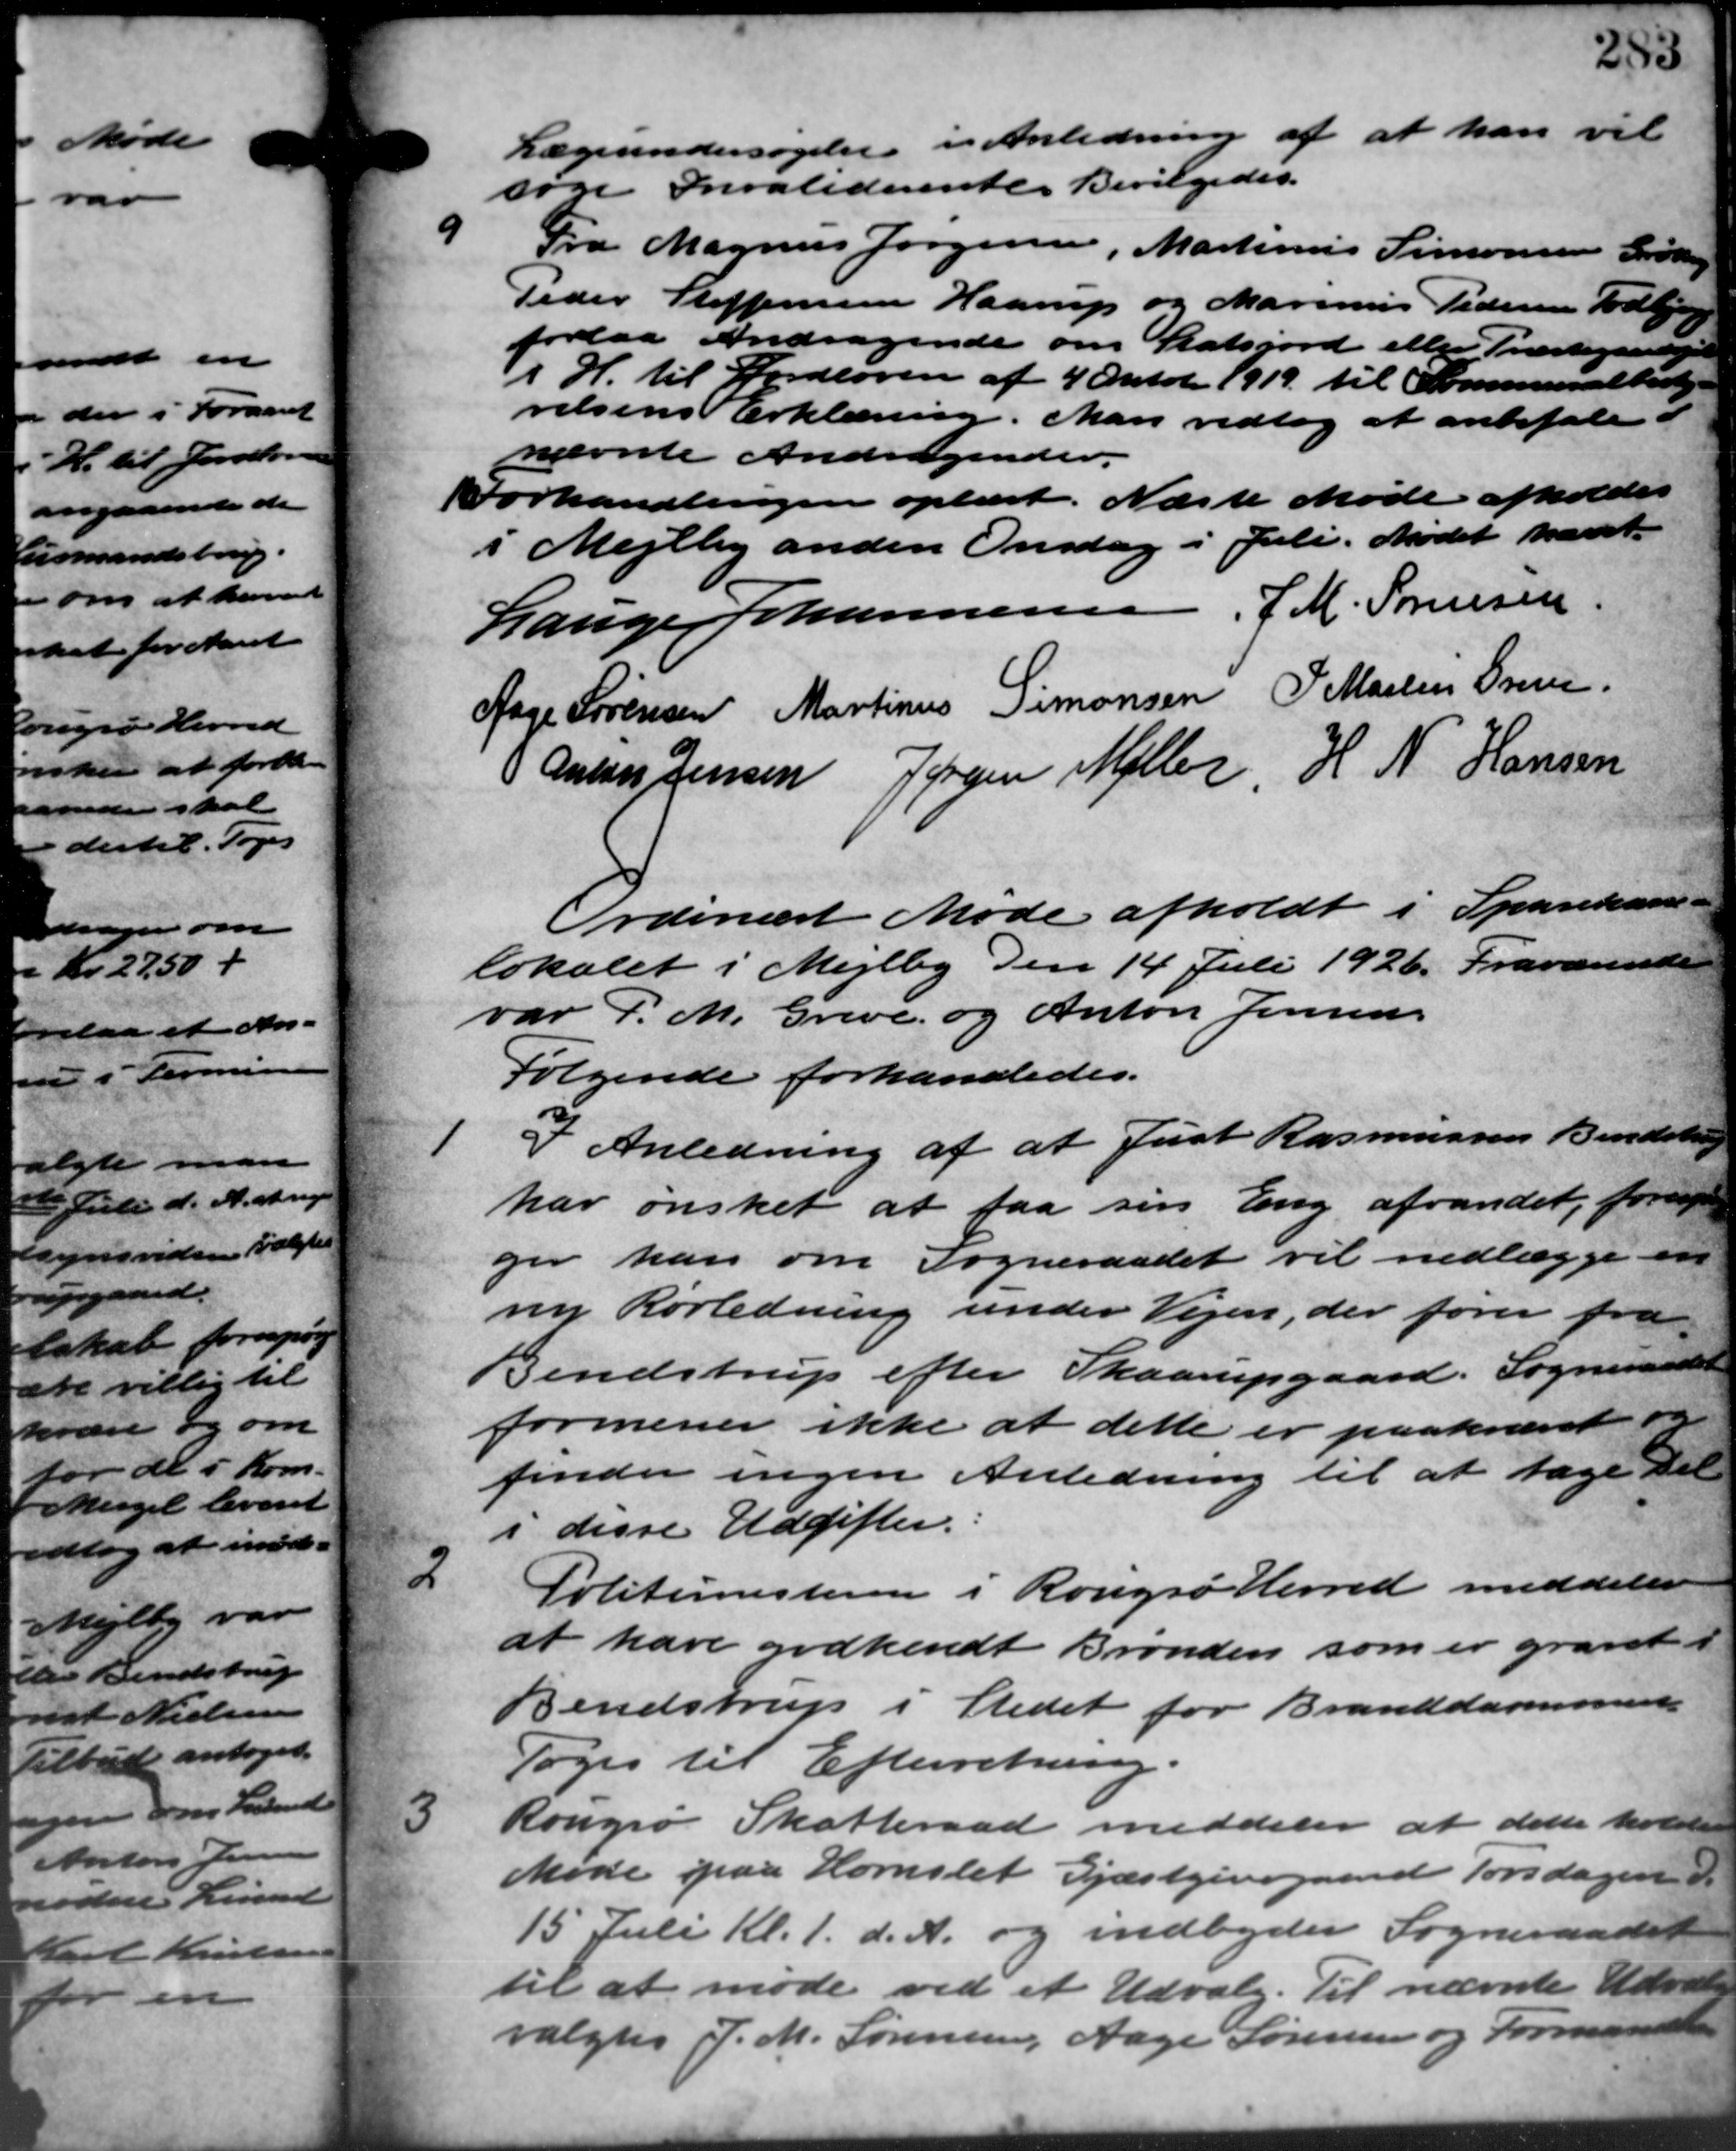
Transskription:
Lægeundersøgelse i Anledning af at han vil
søge Invaliderente. Bevilgedes.

Fra Magnus Jørgensen, Martinus Simonsen Grødg
Peder Steffensen Haarup og Marius Pedersen Todbjer
forelaa Andragende om Statsjord eller Præstegaarlig
I H. til Vedloven af 4 Oktober 1919 til Sommersalbesty-
relsens Erklæring. Man vedtog at anbefale
nævnte Andragender.
Forhandlingen oplæst. Næste Møde afholdes
i Mejlby anden Onsdag i Juli. Mødet hævet.
Lauge Johannesen, J. M. Sørensen
Aage Sørensen Martinus Simonsen P. Martin Greve
Anton Jensen Jørgen Møller, H. N. Hansen
Ordinært Møde afholdt i Sparekasse –
lokalet i Mejlby den 14 Juli 1926. Fraværende
var P. M. Greve og Anton Jensen
Følgende forhandledes.
1
I Anledning af at Just Rasmussen Bendstrup
har ønsket at faa sin Eng afvandet, fornye
ger kan om Sogneraadet vil nedlægge en
ny Rørledning under Vejen, der fører fra
Bendstrup efter Skaarupgaard. Sogneraadet
formener ikke at dette er paakrævet o
finder ingen Anledning til at tage Del
i disse Udgifter.
2.
Politimesteren i Rougsø Herred meddeler
at have godkendt Brønden som er gravet i
Bendstrup i Stedet for Branddammune
Toges til Efterretning
3
Rougsø Skatteraad meddeler at dette holdtes
Møde paa Hornslet Gjæstgivergaard Torsdagen
15 Juli Kl. 1. d. A. og indbyder Sogneraadet
til at møde ved et Udvalg. Til nævnte Udvalg
valgtes J. M. Sørensen, Aage Sørensen og Formuen